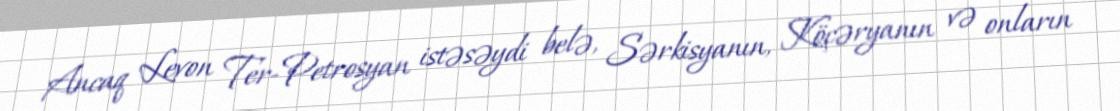
Ancaq Levon Ter-Petrosyan istəsəydi belə, Sərkisyanın, Köçəryanın və onların